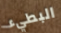
البطيء